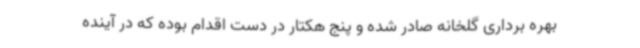
بهره برداری گلخانه صادر شده و پنج هکتار در دست اقدام بوده که در آینده